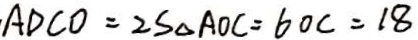
A D C O = 2 S _ { \Delta A O C } = 6 0 C = 1 8